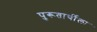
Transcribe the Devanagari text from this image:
पुरूतार्थीला